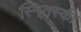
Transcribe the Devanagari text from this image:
स्नि्तस्की